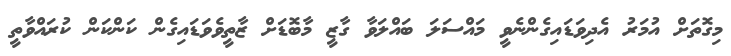
މިގޮތަށް އުމަރު އެދިވަޑައިގެންނެވީ މައްސަލަ ބައްލަވާ ގާޒީ މާބޮޑަށް ޒާތީވެވަޑައިގެން ކަންކަން ކުރައްވާތީ